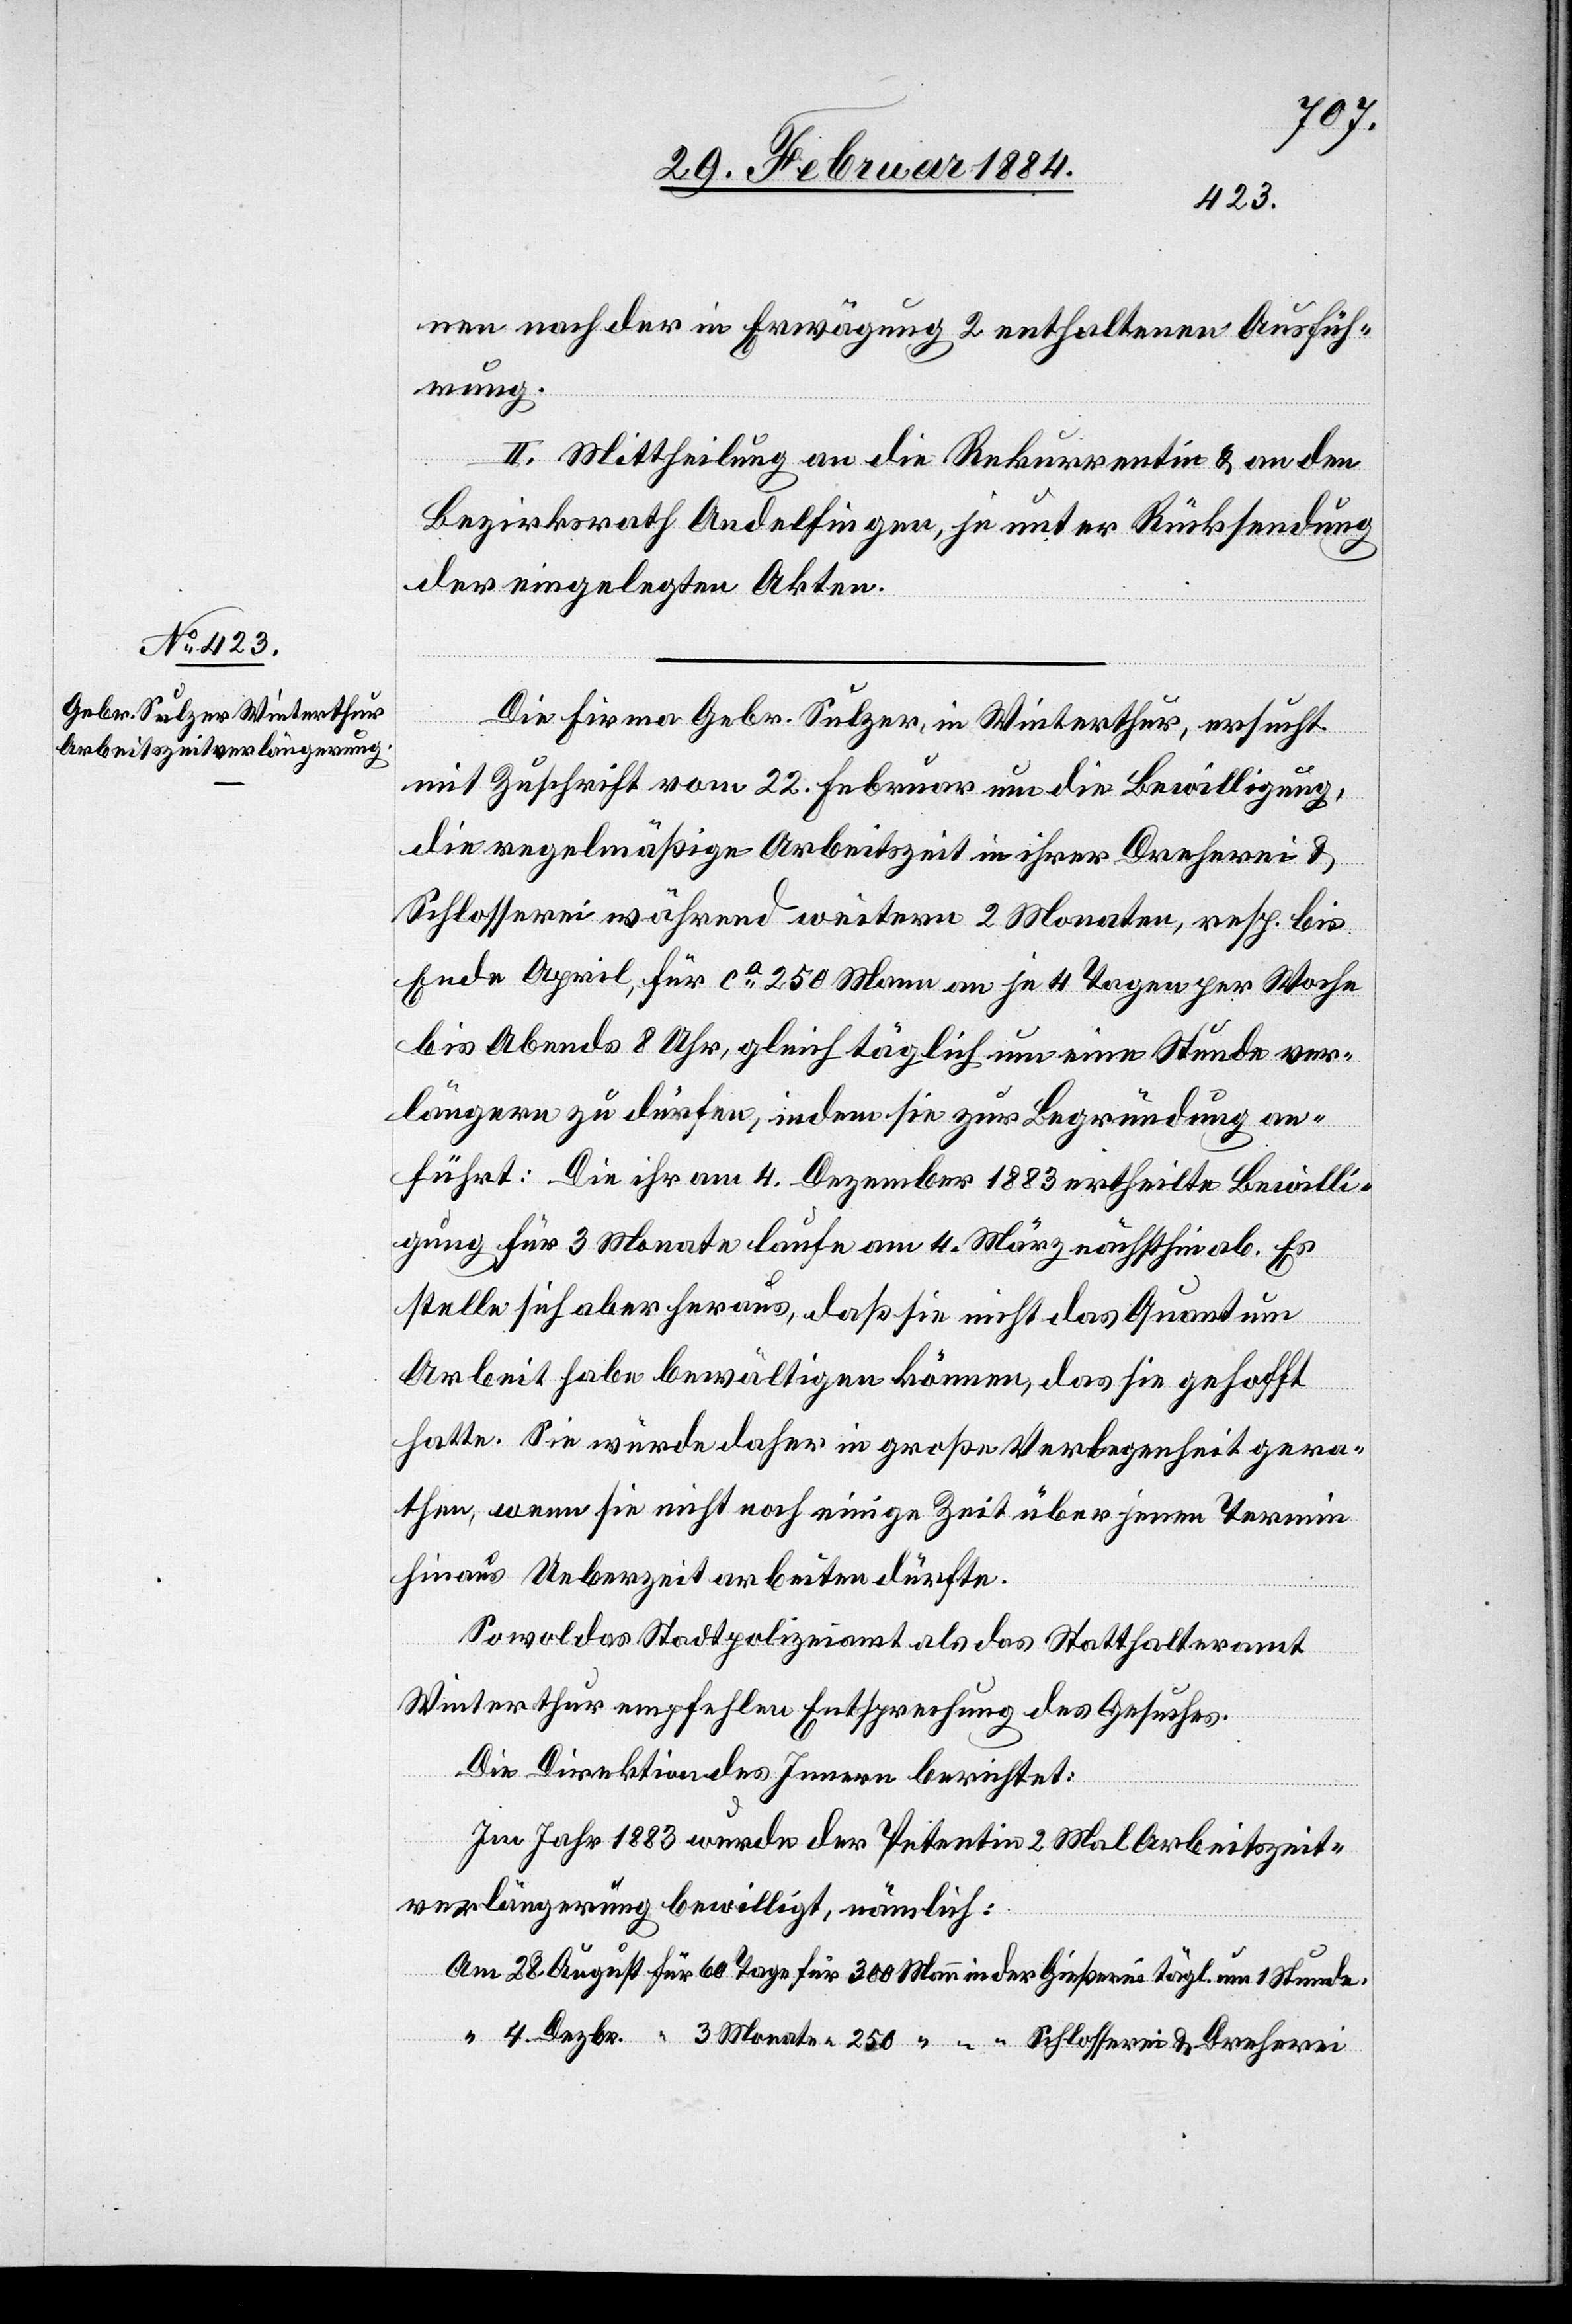
4.
nen nach der in Erwägung 2 enthaltenen Ausfüh¬
rung.
um
II. Mittheilung an die Rekurrentin & an den
Bezirksrath Andelfingen, je unter Rücksendung
der eingelegten Akten.
Die Firma Gebr. Sulzer, in Winterthur, ersucht
mit Zuschrift vom 22. Februar um die Bewilligung,
die regelmäßige Arbeitszeit in ihrer Dreherei &
Schlosserei während weitern 2 Monaten, resp. bis
Ende April, für ca 250 Mann an je 4 Tagen per Woche
bis Abends 8 Uhr, gleich täglich um eine Stunde ver¬
längern zu dürfen, indem sie zur Begründung an¬
führt: Die ihr am 4. Dezember 1883 ertheilte Bewilli¬
gung für 3 Monate laufe am 4. März nächsthin ab. Es
stelle sich aber heraus, daß sie nicht das Quantum
Arbeit habe bewältigen können, das sie gehofft
hatte. Sie würde daher in große Verlegenheit gera¬
then, wenn sie nicht noch einige Zeit über jenen Termin
hinaus Ueberzeit arbeiten dürfte.
Sowol das Stadtpolizeiamt als das Statthalteramt
Winterthur empfehlen Entsprechung des Gesuches.
Die Direktion des Innern berichtet:
Im Jahr 1883 wurde der Petentin 2 Mal Arbeitszeit¬
verlängerung bewilligt, nämlich: